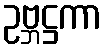
ဥဗ္ဘဋ္ဌကာ